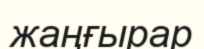
жаңғырар